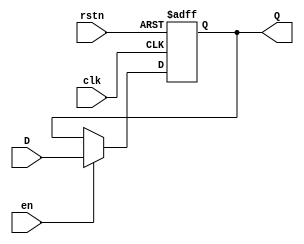
module D_FF #(parameter SIZE = 32) (
    input clk, rstn, en,
    input [SIZE-1:0] D,
    output reg [SIZE-1:0] Q
);
    always @(posedge clk, negedge rstn) begin
        if (!rstn)
            Q <= 0;
        else if (en)
            Q <= D;
    end
endmodule